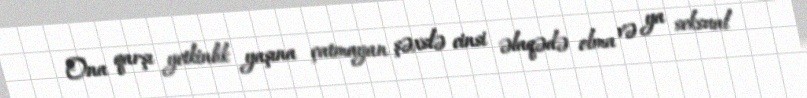
Ona qarşı yetkinlik yaşına çatmayan şəxslə cinsi əlaqədə olma və ya seksual